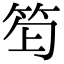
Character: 𥬿